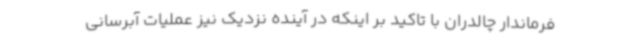
فرماندار چالدران با تاکید بر اینکه در آینده نزدیک نیز عملیات آبرسانی